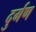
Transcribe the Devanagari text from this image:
दुर्गण